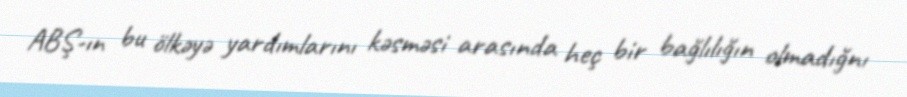
ABŞ-ın bu ölkəyə yardımlarını kəsməsi arasında heç bir bağlılığın olmadığnı